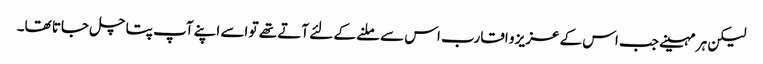
لیکن ہر مہینے جب اس کے عزیز و اقارب اس سے ملنے کے لئے آتے تھے تو اسے اپنے آپ پتا چل جاتا تھا۔